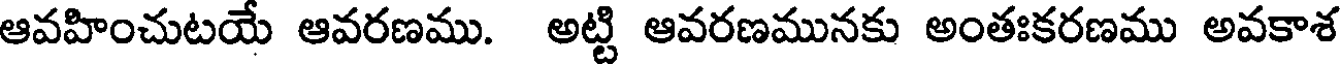
ఆవహించుటయే ఆవరణము. అట్టి ఆవరణమునకు అంతఃకరణము అవకాశ